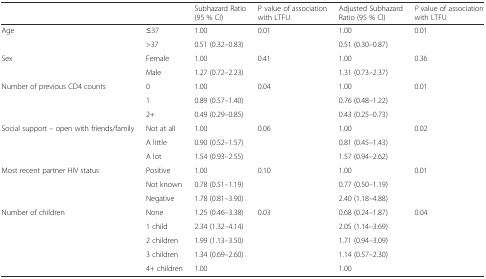
<table><thead><tr><td colspan="2"></td><td><b>Subhazard Ratio (95 % CI)</b></td><td><b>P value of association with LTFU</b></td><td><b>Adjusted Subhazard Ratio (95 % CI)</b></td><td><b><i>P</i> value of association with LTFU</b></td></tr></thead><tbody><tr><td rowspan="2">Age</td><td>≤37</td><td>1.00</td><td rowspan="2">0.01</td><td>1.00</td><td rowspan="2">0.01</td></tr><tr><td>&gt;37</td><td>0.51 (0.32–0.83)</td><td>0.51 (0.30–0.87)</td></tr><tr><td rowspan="2">Sex</td><td>Female</td><td>1.00</td><td rowspan="2">0.41</td><td>1.00</td><td rowspan="2">0.36</td></tr><tr><td>Male</td><td>1.27 (0.72–2.23)</td><td>1.31 (0.73–2.37)</td></tr><tr><td rowspan="3">Number of previous CD4 counts</td><td>0</td><td>1.00</td><td rowspan="3">0.04</td><td>1.00</td><td rowspan="3">0.01</td></tr><tr><td>1</td><td>0.89 (0.57–1.40)</td><td>0.76 (0.48–1.22)</td></tr><tr><td>2+</td><td>0.49 (0.29–0.85)</td><td>0.43 (0.25–0.73)</td></tr><tr><td rowspan="3">Social support – open with friends/family</td><td>Not at all</td><td>1.00</td><td rowspan="3">0.06</td><td>1.00</td><td rowspan="3">0.02</td></tr><tr><td>A little</td><td>0.90 (0.52–1.57)</td><td>0.81 (0.45–1.43)</td></tr><tr><td>A lot</td><td>1.54 (0.93–2.55)</td><td>1.57 (0.94–2.62)</td></tr><tr><td rowspan="3">Most recent partner HIV status</td><td>Positive</td><td>1.00</td><td rowspan="3">0.10</td><td>1.00</td><td rowspan="3">0.01</td></tr><tr><td>Not known</td><td>0.78 (0.51–1.19)</td><td>0.77 (0.50–1.19)</td></tr><tr><td>Negative</td><td>1.78 (0.81–3.90)</td><td>2.40 (1.18–4.88)</td></tr><tr><td rowspan="5">Number of children</td><td>None</td><td>1.25 (0.46–3.38)</td><td rowspan="5">0.03</td><td>0.68 (0.24–1.87)</td><td rowspan="5">0.04</td></tr><tr><td>1 child</td><td>2.34 (1.32–4.14)</td><td>2.05 (1.14–3.69)</td></tr><tr><td>2 children</td><td>1.99 (1.13–3.50)</td><td>1.71 (0.94–3.09)</td></tr><tr><td>3 children</td><td>1.34 (0.69–2.60)</td><td>1.14 (0.57–2.30)</td></tr><tr><td>4+ children</td><td>1.00</td><td>1.00</td></tr></tbody></table>